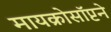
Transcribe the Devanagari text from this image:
मायक्रोसॉप्टने